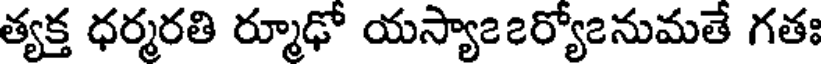
త్యక్త ధర్మరతి ర్మూఢో యస్యా౭౭ర్యో౭నుమతే గతః